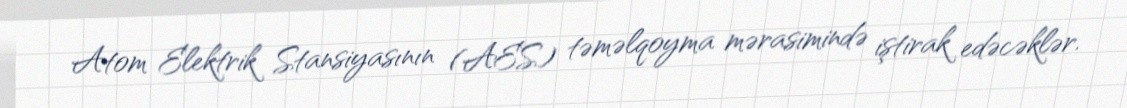
Atom Elektrik Stansiyasının (AES) təməlqoyma mərasimində iştirak edəcəklər.